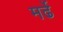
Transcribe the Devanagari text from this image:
मर्ढे